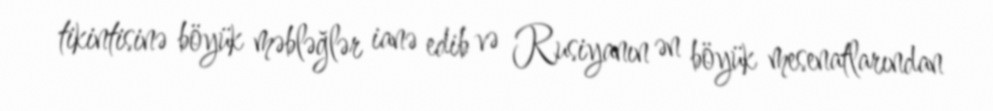
tikintisinə böyük məbləğlər ianə edib və Rusiyanın ən böyük mesenatlarından